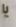
يا